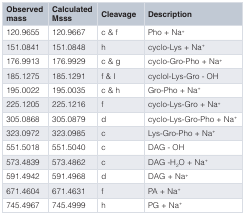
<table><thead><tr><td><b>Observedmass</b></td><td><b>CalculatedMsss</b></td><td><b>Cleavage</b></td><td><b>Description</b></td></tr></thead><tbody><tr><td>120.9655</td><td>120.9667</td><td>c &amp; f</td><td>Pho + Na<sup>+</sup></td></tr><tr><td>151.0841</td><td>151.0848</td><td>h</td><td>cyclo-Lys + Na<sup>+</sup></td></tr><tr><td>176.9913</td><td>176.9929</td><td>c &amp; g</td><td>cyclo-Gro-Pho + Na<sup>+</sup></td></tr><tr><td>185.1275</td><td>185.1291</td><td>f &amp; I</td><td>cyclol-Lys-Gro - OH</td></tr><tr><td>195.0022</td><td>195.0035</td><td>c &amp; h</td><td>Gro-Pho + Na<sup>+</sup></td></tr><tr><td>225.1205</td><td>225.1216</td><td>f</td><td>cyclo-Lys-Gro + Na<sup>+</sup></td></tr><tr><td>305.0868</td><td>305.0879</td><td>d</td><td>cyclo-Lys-Gro-Pho + Na<sup>+</sup></td></tr><tr><td>323.0972</td><td>323.0985</td><td>c</td><td>Lys-Gro-Pho + Na<sup>+</sup></td></tr><tr><td>551.5018</td><td>551.5040</td><td>c</td><td>DAG - OH</td></tr><tr><td>573.4839</td><td>573.4862</td><td>c</td><td>DAG -H<sub>2</sub>O + Na<sup>+</sup></td></tr><tr><td>591.4942</td><td>591.4968</td><td>d</td><td>DAG + Na<sup>+</sup></td></tr><tr><td>671.4604</td><td>671.4631</td><td>f</td><td>PA + Na<sup>+</sup></td></tr><tr><td>745.4967</td><td>745.4999</td><td>h</td><td>PG + Na<sup>+</sup></td></tr></tbody></table>